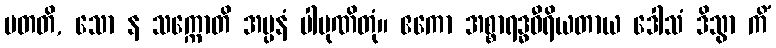
ပတတိ, သော န သက္ကောတိ အပ္ပနံ ပါပုဏိတုံ။ ဧကော အစ္စာရဒ္ဓဝီရိယတာယ ဒေါသံ ဒိသွာ ကိံ